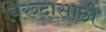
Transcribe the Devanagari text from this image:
बिरुदासाठी